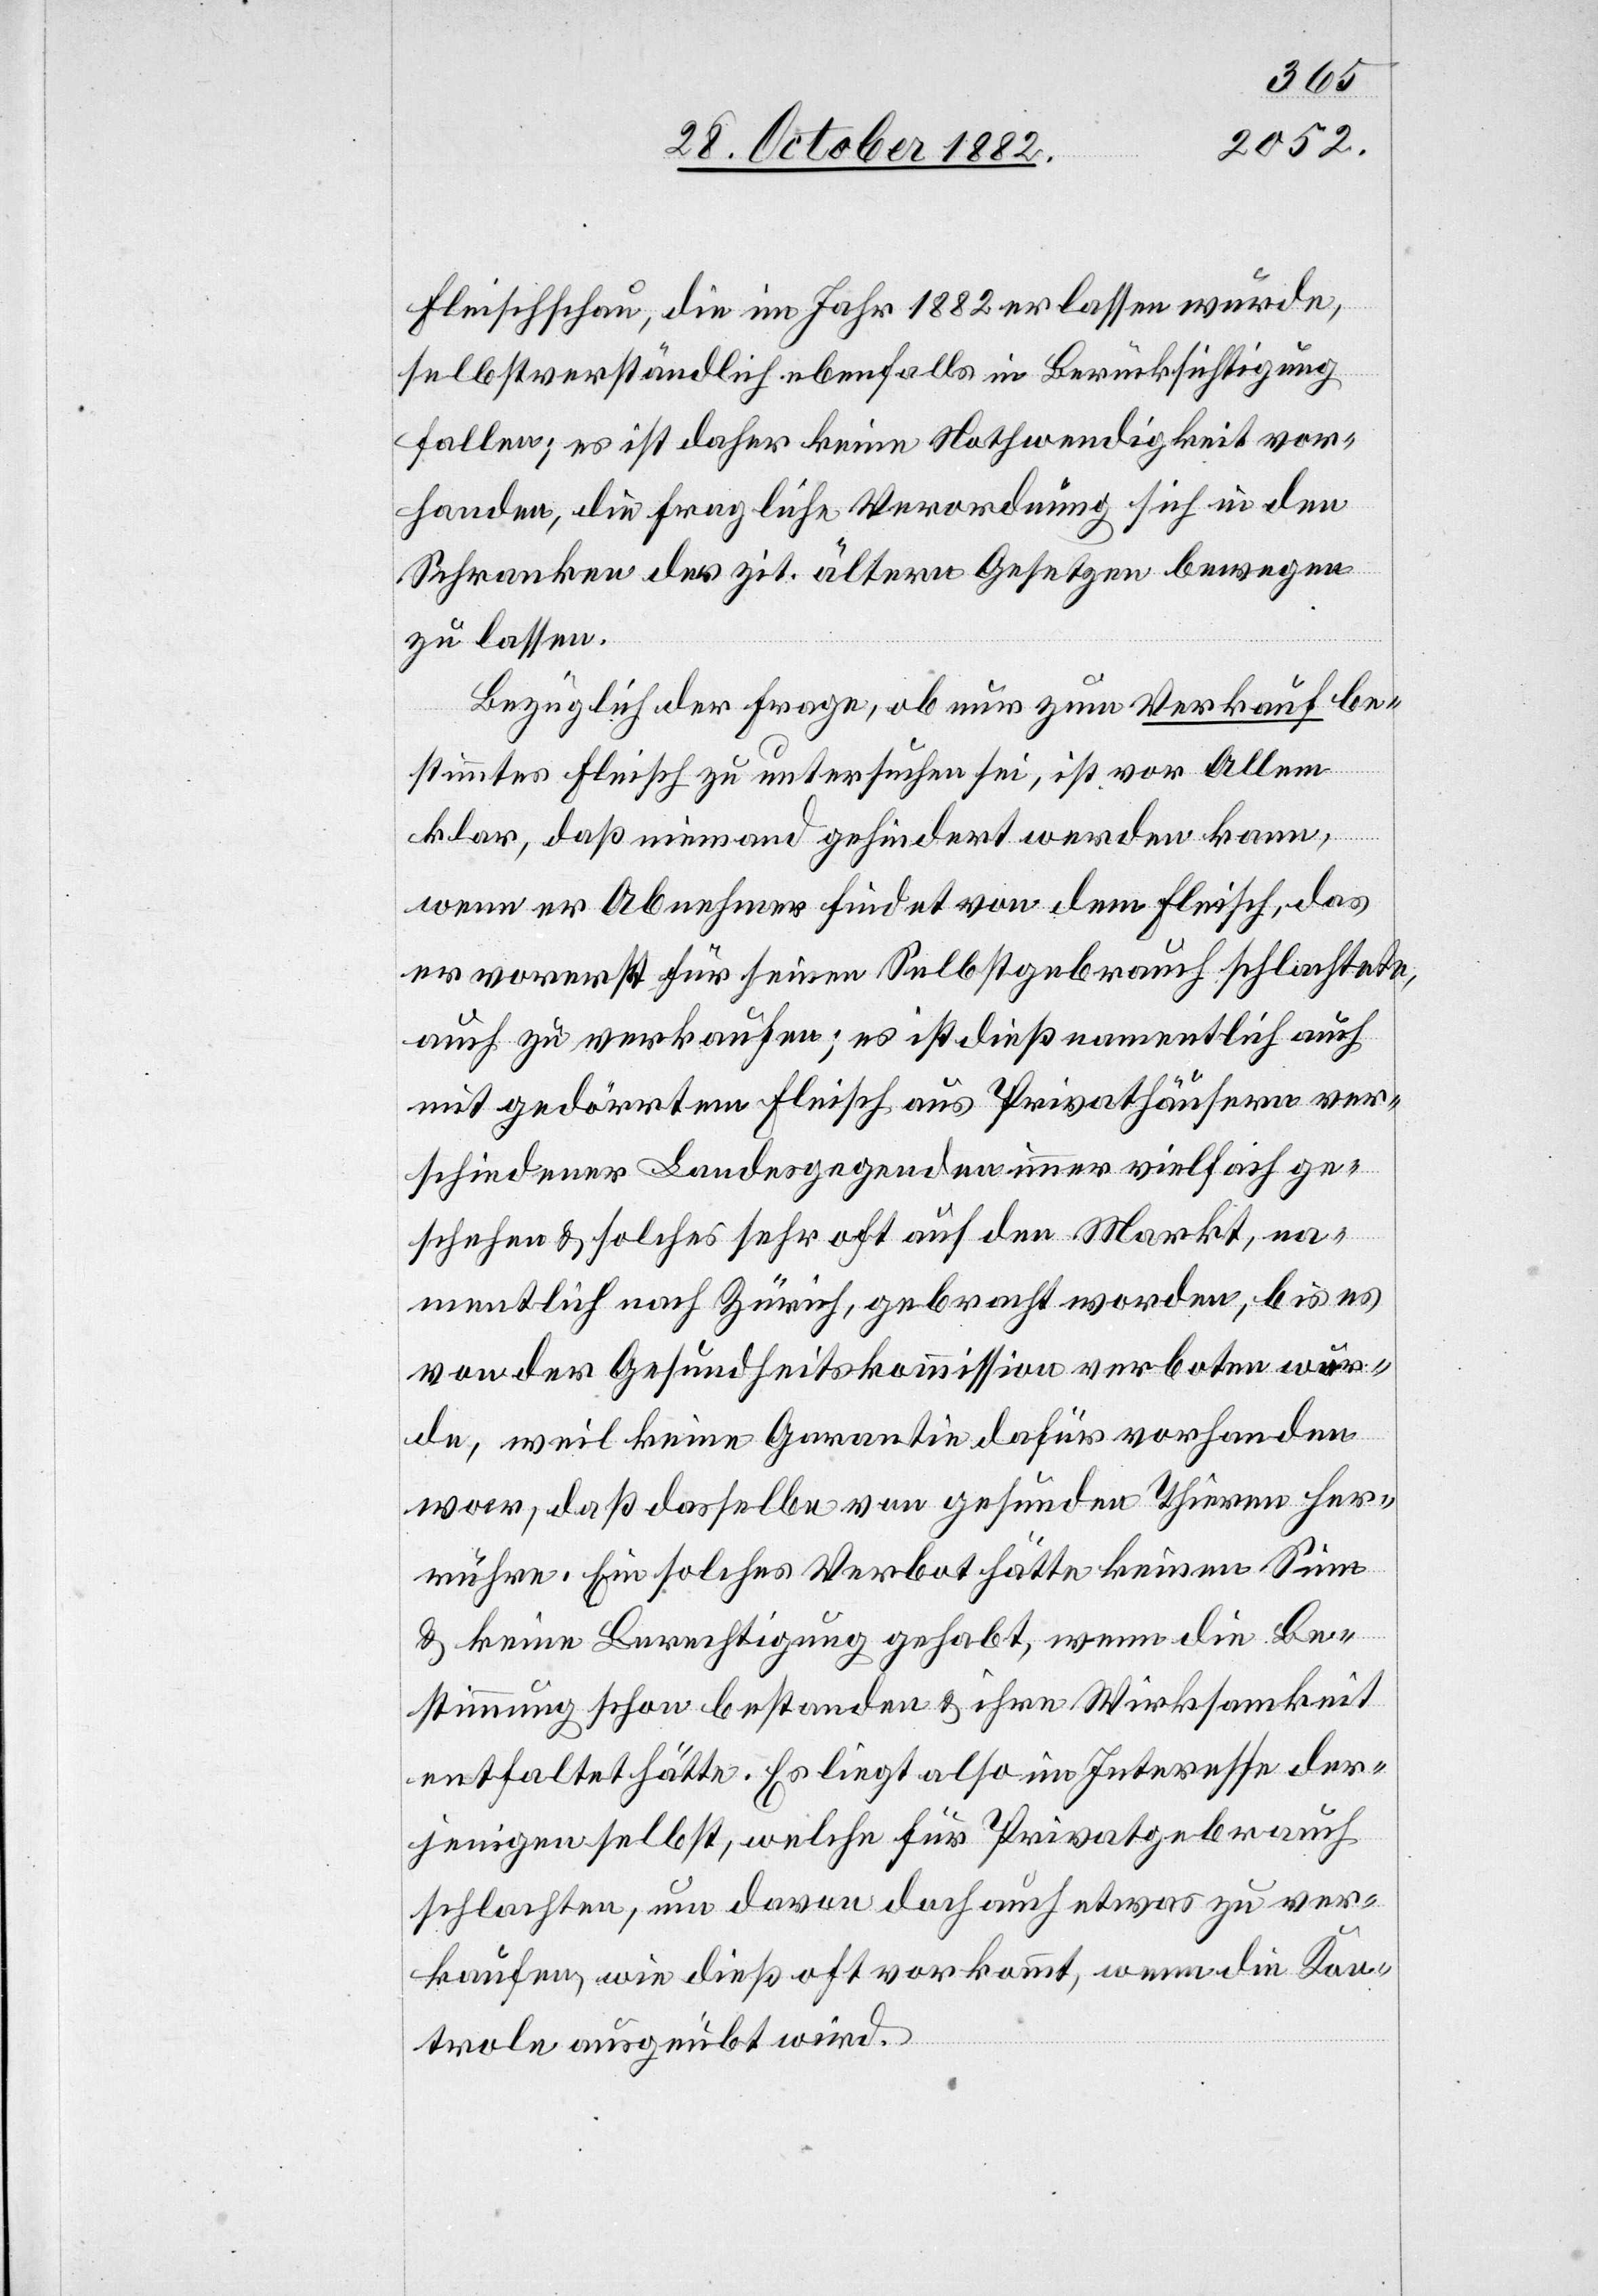
Fleischschau, die im Jahr 1882 erlassen wurde,
selbstverständlich ebenfalls in Berücksichtigung
fallen; es ist daher keine Nothwendigkeit vor¬
handen, die fragliche Verordnung sich in den
Schranken der zit. ältern Gesetzen bewegen
zu lassen.
Bezüglich der Frage, ob nur zum Verkauf be¬
stimmtes Fleisch zu untersuchen sei, ist vor Allem
klar, daß niemand gehindert werden kann,
wenn er Abnehmer findet von dem Fleisch, das
er vorerst für seinen Selbstgebrauch schlachtete,
auch zu verkaufen; es ist dieß namentlich auch
mit gedörrtem Fleisch aus Privathäusern ver¬
schiedener Landesgegenden immer vielfach ge¬
schehen & solches sehr oft auf den Markt, na¬
mentlich nach Zürich, gebracht worden, bis es
von der Gesundheitskommission verboten wur¬
de, weil keine Garantie dafür vorhanden
war, daß dasselbe von gesunden Thieren her¬
rühre. Ein solches Verbot hätte keinen Sinn
& keine Berechtigung gehabt, wenn die Be¬
stimmung schon bestanden & ihre Wirksamkeit
entfaltet hätte. Es liegt also im Interesse der¬
jenigen selbst, welche für Privatgebrauch
schlachten, um davon doch auch etwas zu ver¬
kaufen, wie dieß oft vorkommt, wenn die Kon¬
trole ausgeübt wird.